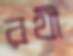
রথী